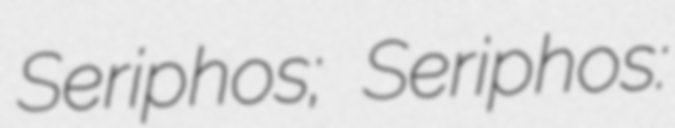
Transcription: Seriphos; Seriphos: